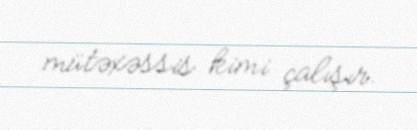
mütəxəssis kimi çalışır.